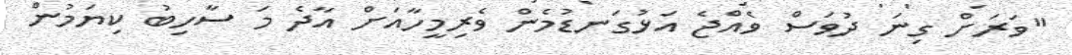
"ވަރަށް ގިނަ ދުވަސް ވެއްޖެ އަޅުގަނޑުމެން ވެރިމީހާއަށް އާދެ މަ ސާހިބު ކިޔަމުން